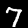
Label: 7